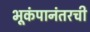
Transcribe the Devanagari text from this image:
भूकंपानंतरची